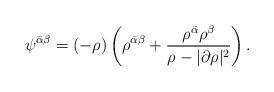
LaTeX: \begin{align*} \psi^{\bar\alpha\beta}=(-\rho)\left( \rho^{\bar\alpha\beta}+\frac{\rho^{\bar\alpha}\rho^{\beta}}{\rho-|\partial\rho|^2} \right).\end{align*}